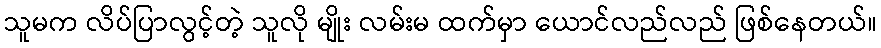
သူမက လိပ်ပြာလွင့်တဲ့ သူလို မျိုး လမ်းမ ထက်မှာ ယောင်လည်လည် ဖြစ်နေတယ်။